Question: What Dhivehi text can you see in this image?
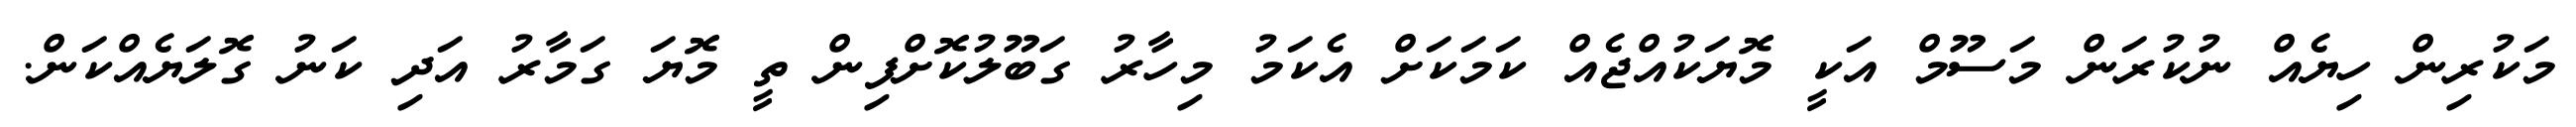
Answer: މަކުރިން ހިޔެއް ނުކުރަން މަސޫމް އަކީ މޮޔަކުއްޖެއް ކަމަކަށް އެކަމު މިހާރު ގަބޫލުކޮށްފިން ތީ މޮޔަ ގަމާރު އަދި ކަނު ގޮލަޔެއްކަން.